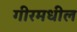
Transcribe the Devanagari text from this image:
गीरमधील